Annual report of the Imperial Bacteriologist
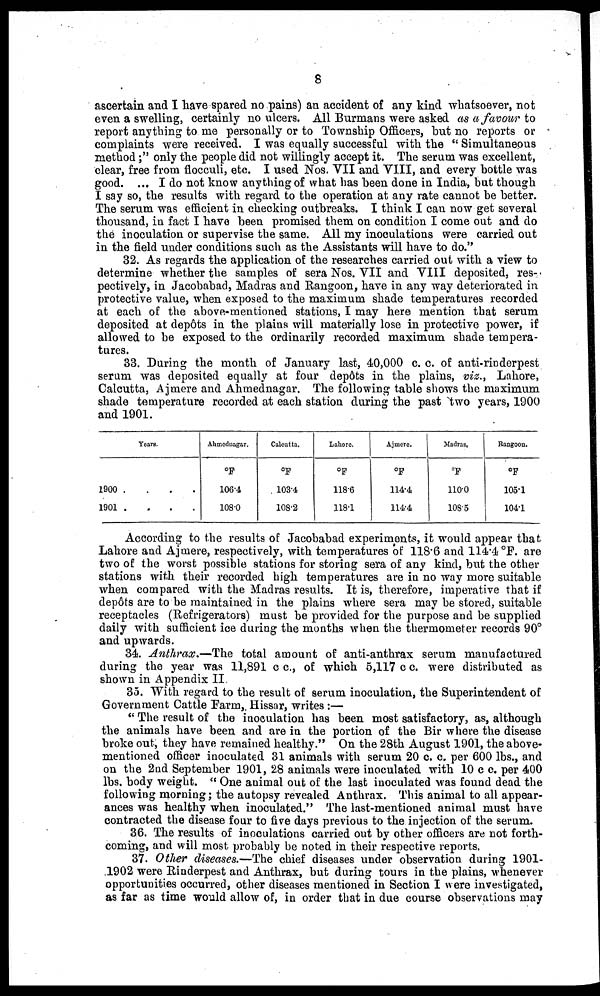
8
ascertain and I have spared no pains) an accident of any kind whatsoever, not
even a swelling, certainly no ulcers. All Burmans were asked as a favour to
report anything to me personally or to Township Officers, but no reports or
complaints were received. I was equally successful with the " Simultaneous
method;" only the people did not willingly accept it. The serum was excellent,
clear, free from flocculi, etc. I used Nos. VII and VIII, and every bottle was
good. ... I do not know anything of what has been done in India, but though
I say so, the results with regard to the operation at any rate cannot be better.
The serum was efficient in checking outbreaks. I think I can now get several
thousand, in fact I have been promised them on condition I come out and do
the inoculation or supervise the same. All my inoculations were carried out
in the field under conditions such as the Assistants will have to do."
32. As regards the application of the researches carried out with a view to
determine whether the samples of sera Nos. VII and VIII deposited, res-
pectively, in Jacobabad, Madras and Rangoon, have in any way deteriorated in
protective value, when exposed to the maximum shade temperatures recorded
at each of the above-mentioned stations, I may here mention that serum
deposited at depôts in the plains will materially lose in protective power, if
allowed to be exposed to the ordinarily recorded maximum shade tempera-
tures.
33. During the month of January last, 40,000 c. c. of anti-rinderpest
serum was deposited equally at four depôts in the plains, viz., Lahore,
Calcutta, Ajmere and Ahmednagar. The following table shows the maximum
shade temperature recorded at each station during the past two years, 1900
and 1901.
1900 .
1901 .
Years.
. . .
.
.
.
Ahmednagar.
°F
106.4
108.0
Calcutta.
°F
103.4
108.2
Lahore.
°F
118.6
118.1
Ajmere.
°F
114.4
114.4
Madras.
°F
110.0
108.5
Rangoon.
°F
105.1
104.1
According to the results of Jacobabad experiments, it would appear that
Lahore and Ajmere, respectively, with temperatures of 118.6 and 114.4°F. are
two of the worst possible stations for storing sera of any kind, but the other
stations with their recorded high temperatures are in no way more suitable
when compared with the Madras results. It is, therefore, imperative that if
depôts are to be maintained in the plains where sera may be stored, suitable
receptacles (Refrigerators) must be provided for the purpose and be supplied
daily with sufficient ice during the months when the thermometer records 90°
and upwards.
34. Anthrax.—The total amount of anti-anthrax serum manufactured
during the year was 11,891 c. c., of which 5,117 c. c. were distributed as
shown in Appendix II.
35. With regard to the result of serum inoculation, the Superintendent of
Government Cattle Farm, Hissar, writes :—
"The result of the inoculation has been most satisfactory, as, although
the animals have been and are in the portion of the Bir where the disease
broke out, they have remained healthy." On the 28th August 1901, the above-
mentioned officer inoculated 31 animals with serum 20 c. c. per 600 lbs., and
on the 2nd September 1901, 28 animals were inoculated with 10 c c. per 400
lbs. body weight. " One animal out of the last inoculated was found dead the
following morning; the autopsy revealed Anthrax. This animal to all appear-
ances was healthy when inoculated." The last-mentioned animal must have
contracted the disease four to five days previous to the injection of the serum.
36. The results of inoculations carried out by other officers are not forth-
coming, and will most probably be noted in their respective reports.
37. Other diseases.—The chief diseases under observation during 1901-
1902 were Rinderpest and Anthrax, but during tours in the plains, whenever
opportunities occurred, other diseases mentioned in Section I were investigated,
as far as time would allow of, in order that in due course observations may